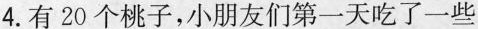
4.有20个桃子，小朋友们第一天吃了一些